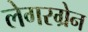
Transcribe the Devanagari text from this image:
लेगरग्रेन